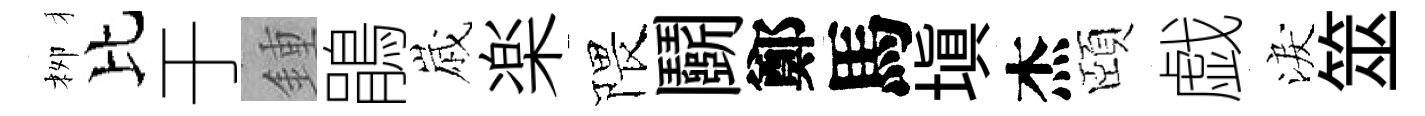
栁比于鍾鵑𡻕楽隈鬬鄭馬塡杰頤戯淚筮